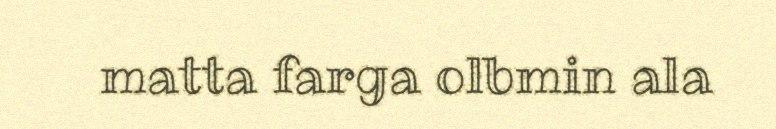
matta farga olbmin ala